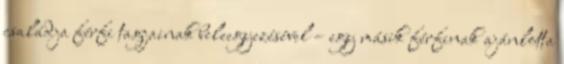
családja férfi tagjainak beleegyezésével – egy másik férfinak ajánlotta